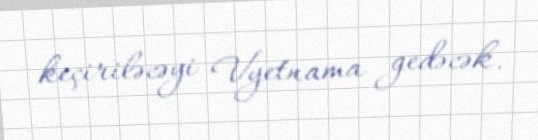
keçiriləcəyi Vyetnama gedəcək.